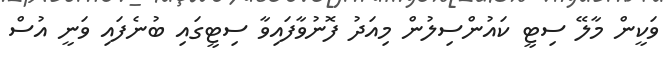
ވަކީން މާލޭ ސިޓީ ކައުންސިލުން މިއަދު ފޮނުވާފައިވާ ސިޓީގައި ބުނެފައި ވަނީ އުސް